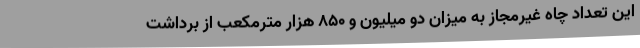
این تعداد چاه غیرمجاز به میزان دو میلیون و 850 هزار مترمکعب از برداشت